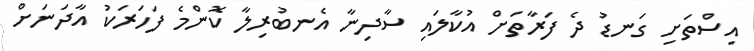
އިސްތަށި ގަނޑު ދެ ފަރާތަށް އުކާލައި ސާދިނާ އެނބުރިލާ ކޮންމެ ފަހަރަކު އާދަނަށް